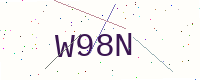
Text: W98N